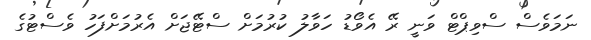
ނަމަވެސް ސްވިޕްޓް ވަނީ ރޭ އެވޯޑު ހަވާލު ކުރުމަށް ސްޓޭޖަށް އެރުމަށްފަހު ވެސްޓުގެ